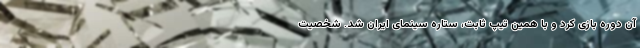
آن دوره بازی کرد و با همین تیپ ثابت، ستاره سینمای ایران شد. شخصیت